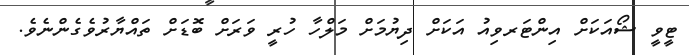
ޓީވީ ޝޯއަކަށް އިންޓަރވިއު އަކަށް ދިޔުމަށް މަލްހާ ހުރީ ވަރަށް ބޮޑަށް ތައްޔާރުވެގެންނެވެ.